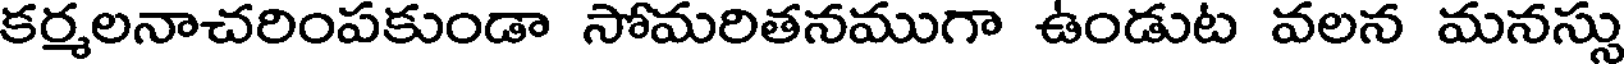
కర్మలనాచరింపకుండా సోమరితనముగా ఉండుట వలన మనస్సు